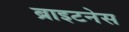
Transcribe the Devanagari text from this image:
ब्राइटनेस